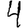
Digit: 4